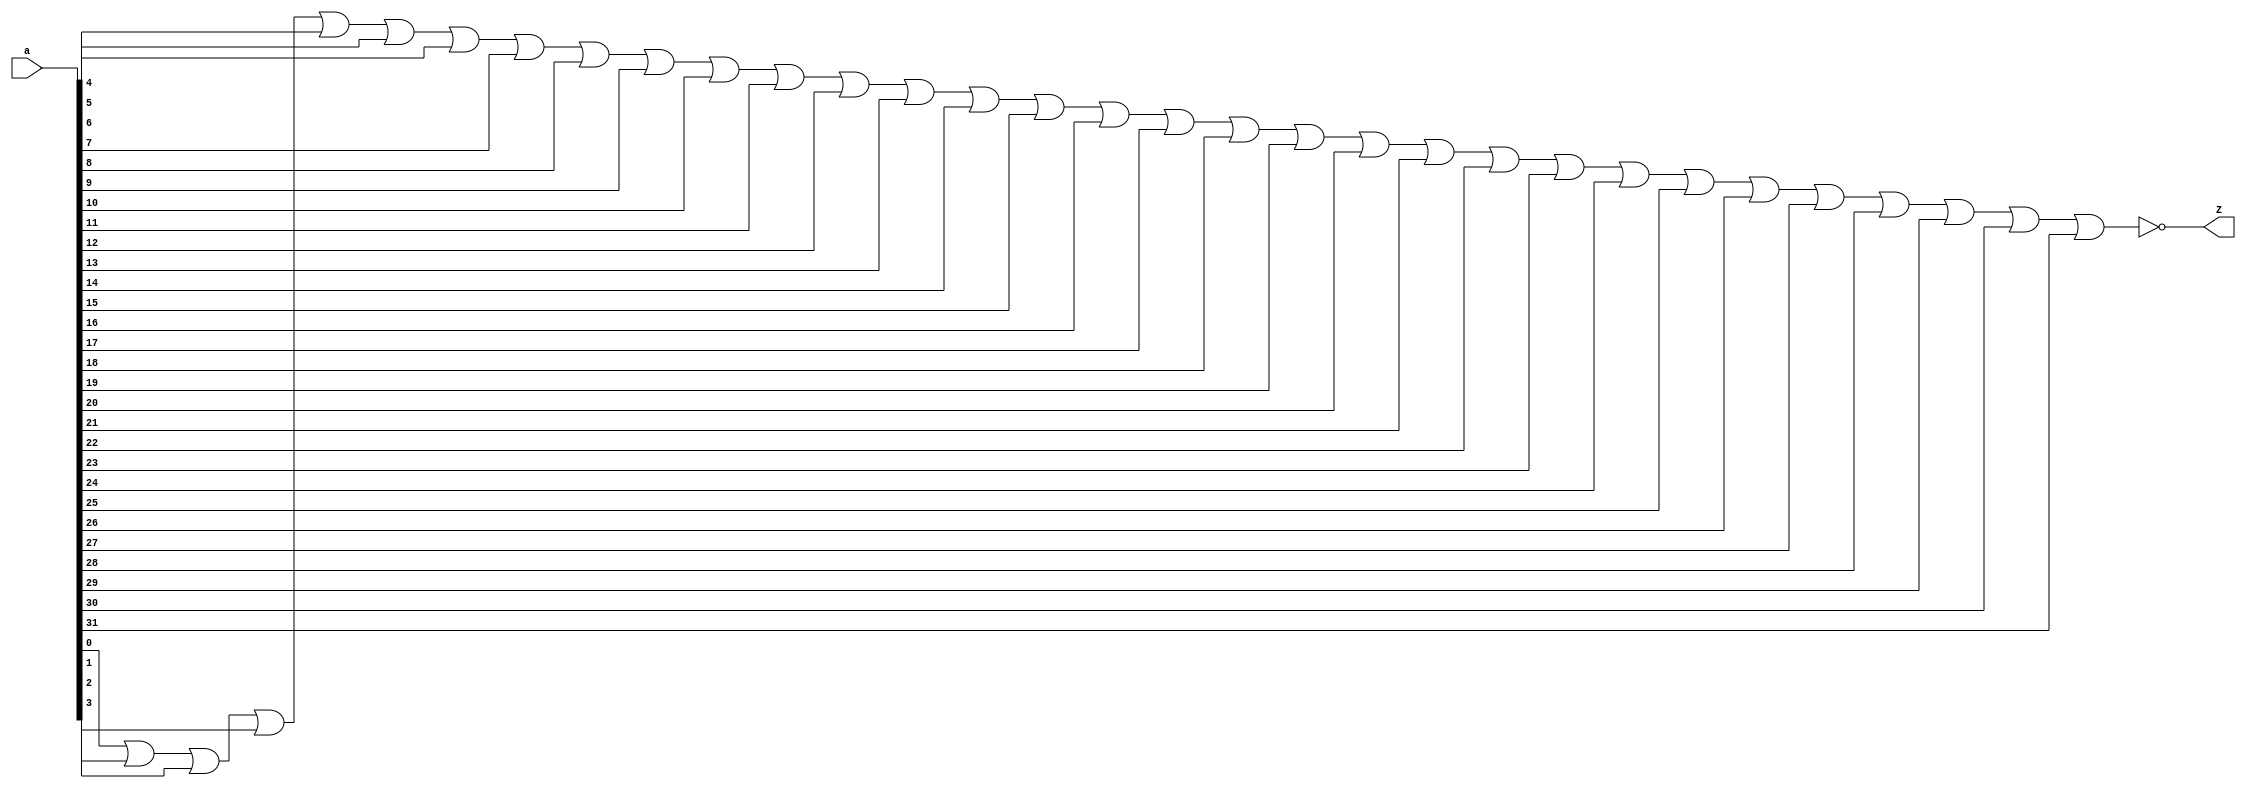
module zero(a,Z);

input[31:0] a;
output Z;
wire[30:0] w;

or G1(w[0],a[0],a[1]);
or G2(w[1],w[0],a[2]);
or G3(w[2],w[1],a[3]);
or G4(w[3],w[2],a[4]);
or G5(w[4],w[3],a[5]);
or G6(w[5],w[4],a[6]);
or G7(w[6],w[5],a[7]);
or G8(w[7],w[6],a[8]);
or G9(w[8],w[7],a[9]);
or G10(w[9],w[8],a[10]);
or G11(w[10],w[9],a[11]);
or G12(w[11],w[10],a[12]);
or G13(w[12],w[11],a[13]);
or G14(w[13],w[12],a[14]);
or G15(w[14],w[13],a[15]);
or G16(w[15],w[14],a[16]);
or G17(w[16],w[15],a[17]);
or G18(w[17],w[16],a[18]);
or G19(w[18],w[17],a[19]);
or G20(w[19],w[18],a[20]);
or G21(w[20],w[19],a[21]);
or G22(w[21],w[20],a[22]);
or G23(w[22],w[21],a[23]);
or G24(w[23],w[22],a[24]);
or G25(w[24],w[23],a[25]);
or G26(w[25],w[24],a[26]);
or G27(w[26],w[25],a[27]);
or G28(w[27],w[26],a[28]);
or G29(w[28],w[27],a[29]);
or G30(w[29],w[28],a[30]);
or G31(w[30],w[29],a[31]);
not N(Z,w[30]);

endmodule